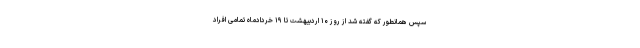
سپس همانطور که گفته شد از روز ۱۰ اردیبهشت تا ۱۹ خردادماه تمامی افراد